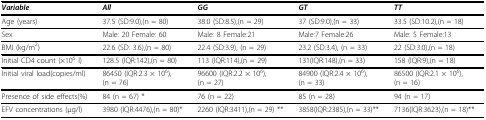
| Variable | All | GG | GT | TT |
 | --- | --- | --- | --- | --- |
 | Age (years) | 37.5 (SD:9.0),(n = 80) | 38.0 (SD:8.5),(n = 29) | 37 (SD:9.0),(n = 33) | 33.5 (SD:10.2),(n = 18) |
 | Sex | Male: 20 Female: 60 | Male: 8 Female:21 | Male:7 Female:26 | Male: 5 Female:13 |
 | BMI (kg/m2) | 22.6 (SD: 3.6),(n = 80) | 22.4 (SD:3.9), (n = 29) | 23.2 (SD:3.4), (n = 33) | 22 (SD:3.0),(n = 18) |
 | Initial CD4 count (×106 l) | 128.5 (IQR:142),(n = 80) | 113 (IQR:114),(n = 29) | 131(IQR:148),(n = 33) | 158 (IQR:9),(n = 18) |
 | Initial viral load(copies/ml) | 86450 (IQR:2.3 × 106),(n = 76) | 96600 (IQR:2.2 × 106),(n = 27) | 84900 (IQR:2.4 × 106),(n = 33) | 86500 (IQR:2.1 × 106),(n = 16) |
 | Presence of side effects(%) | 84 (n = 67) * | 76 (n = 22) | 85 (n = 28) | 94 (n = 17) |
 | EFV concentrations (μg/l) | 3980 (IQR:4476),(n = 80)* | 2260 (IQR:3411),(n = 29) ** | 3858(IQR:2385),(n = 33)** | 7136(IQR:3623),(n = 18)** |